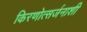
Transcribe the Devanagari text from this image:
किरणोत्सर्जनाशी